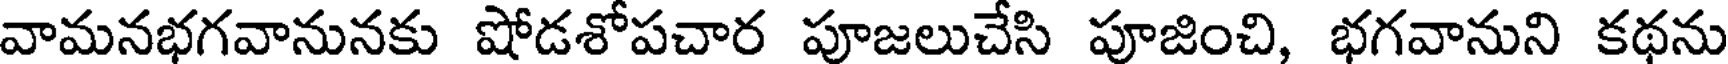
వామనభగవానునకు షోడశోపచార పూజలుచేసి పూజించి, భగవానుని కథను